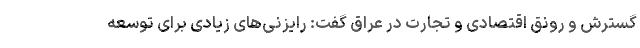
گسترش و رونق اقتصادی و تجارت در عراق گفت: رایزنی‌های زیادی برای توسعه